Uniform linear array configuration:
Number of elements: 24
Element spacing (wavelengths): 1
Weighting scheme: exponential
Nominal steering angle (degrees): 0
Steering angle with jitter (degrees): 0.137
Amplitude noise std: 0.05
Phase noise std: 0.05

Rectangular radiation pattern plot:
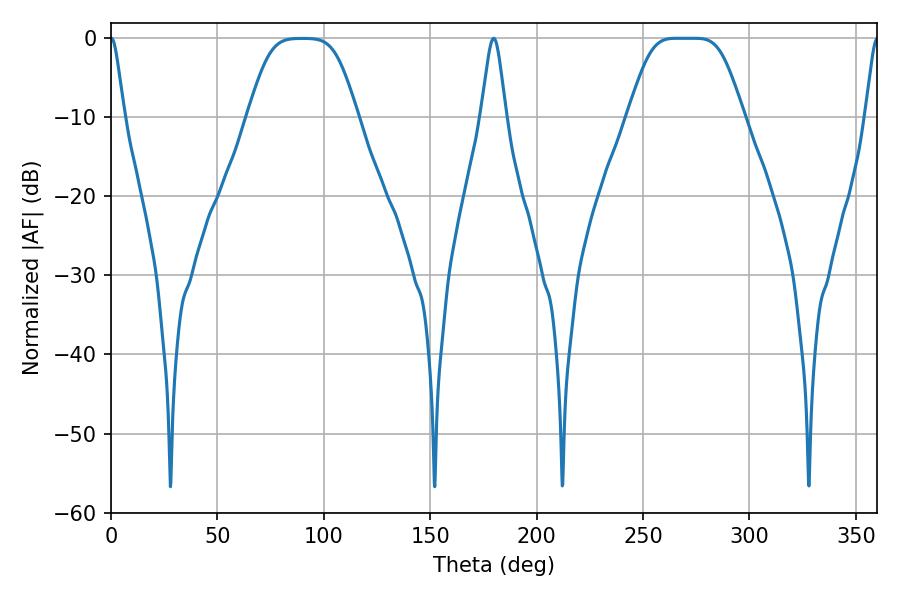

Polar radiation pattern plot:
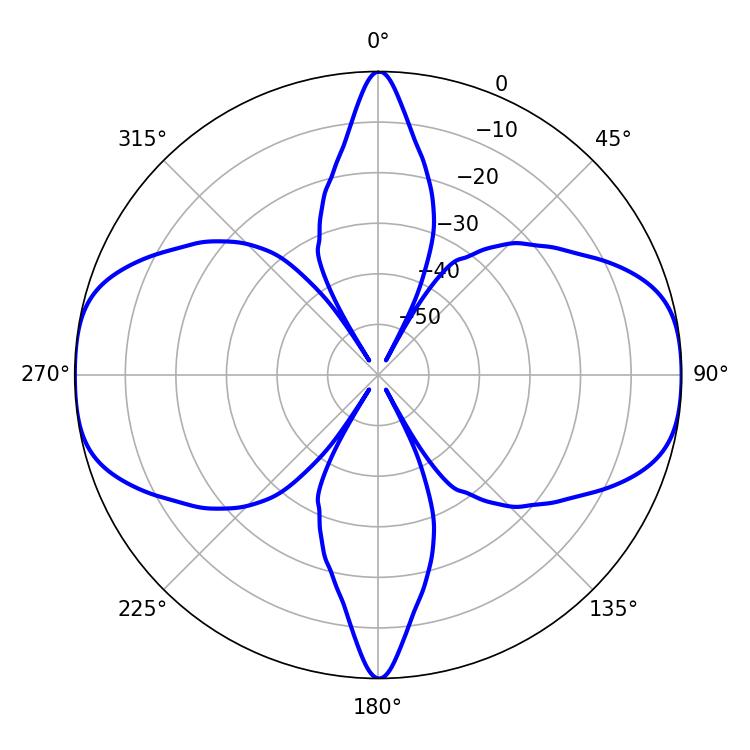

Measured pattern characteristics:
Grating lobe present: TRUE
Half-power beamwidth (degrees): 3.06
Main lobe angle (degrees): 0.18